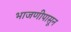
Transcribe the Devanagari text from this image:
भाजणीपासून